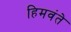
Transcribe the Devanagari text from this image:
हिमवंते